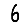
Digit: 6